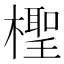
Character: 檉